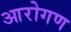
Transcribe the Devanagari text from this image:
आरोगण